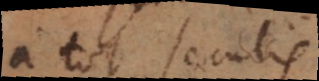
a tot seculis